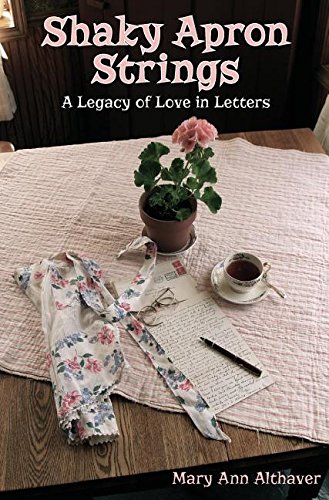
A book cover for Shaky Apron Strings: A Legacy of Love in Letters; Mary Ann Althaver; Literature & Fiction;